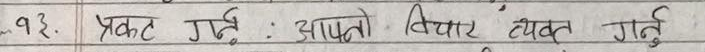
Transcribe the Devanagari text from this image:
१३. प्रकट गर्नु : आफ्नो विचार व्यक्त गर्नु